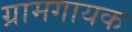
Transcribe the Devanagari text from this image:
ग्रामगायक